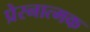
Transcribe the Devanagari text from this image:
प्रेरनात्मक